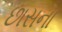
છાસના